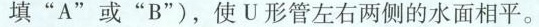
填”A”或”B”)，使U形管左右两侧的水面相平。